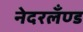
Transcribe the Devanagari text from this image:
नेदरलँण्ड